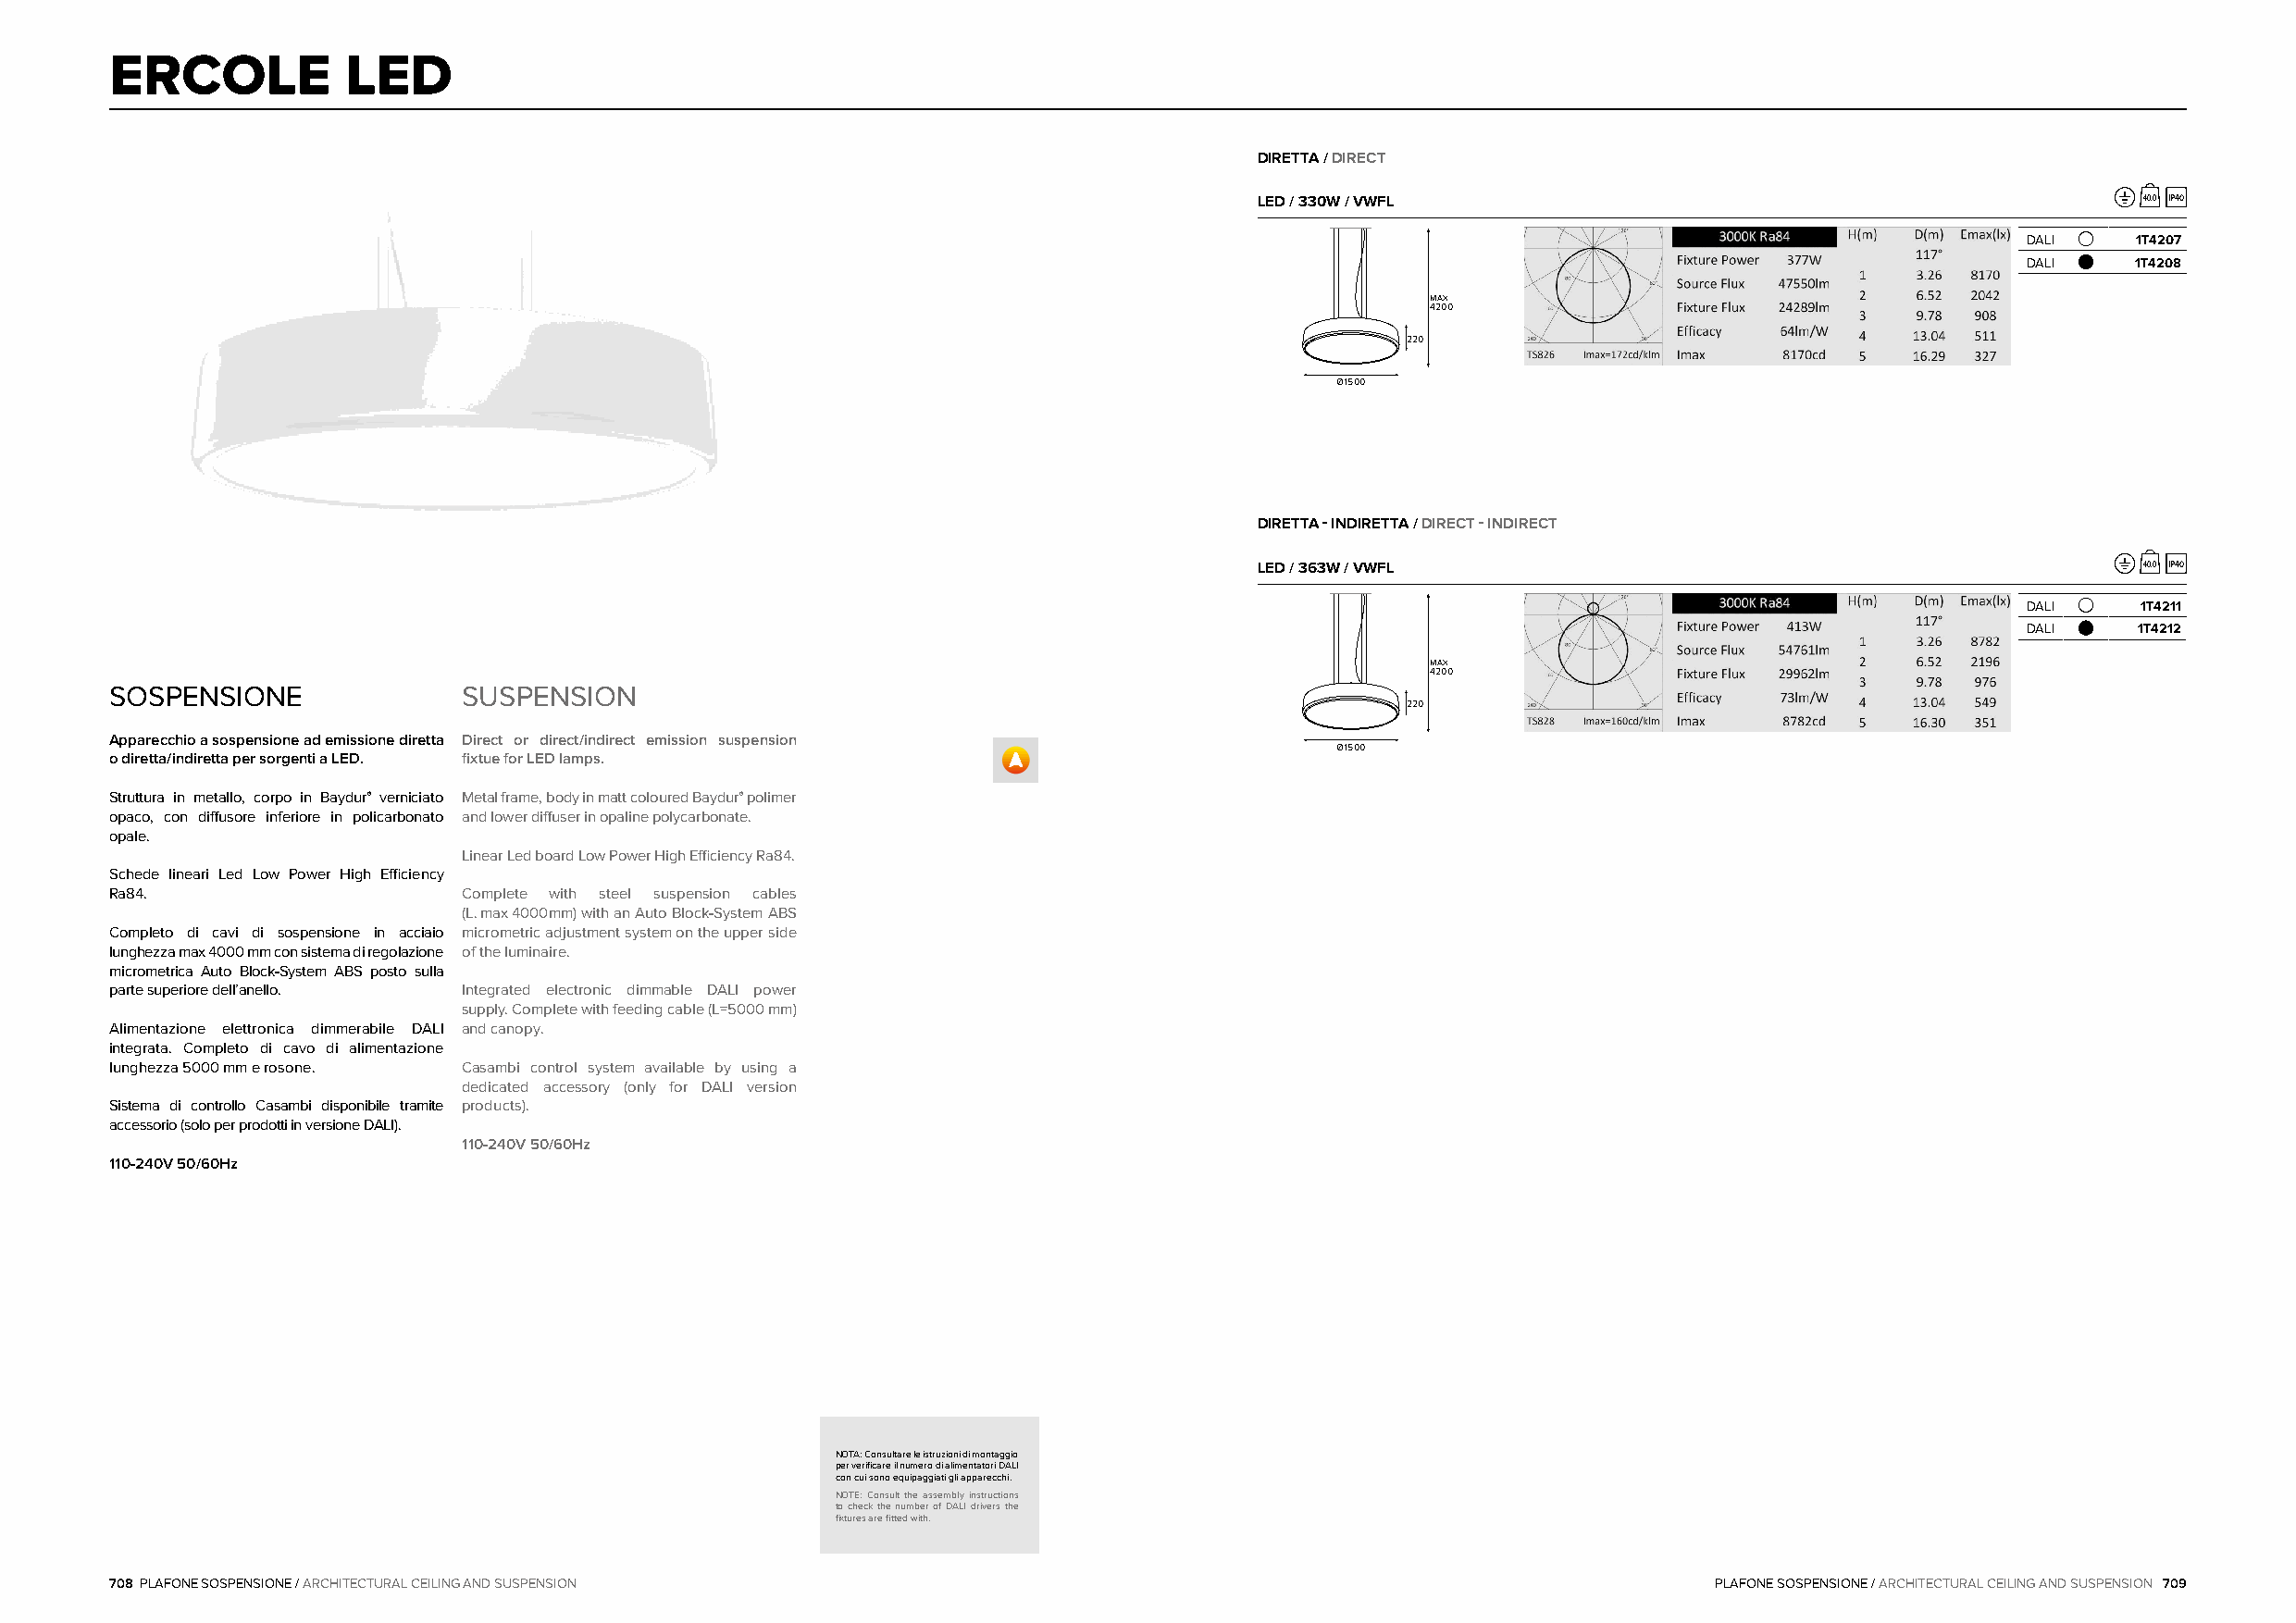
ERCOLE           LED
 DIRETTA / DIRECT
 LED / 330W / VWFL                                              40,0 IP40
 DALI    1T4207
 DALI    1T4208
 max
 4200
 220
 Ø 1500
 DIRETTA - INDIRETTA / DIRECT - INDIRECT
 LED / 363W / VWFL                                              40,0 IP40
 DALI    1T4211
 DALI    1T4212
 max
 4200
 SOSPENSIONE              SUSPENSION
 220
 Apparecchio a sospensione ad emissione diretta Direct or direct/indirect emission suspension
 Ø 1500
 o diretta/indiretta per sorgenti a LED. fixtue for LED lamps.
 Struttura in metallo, corpo in Baydur® verniciato Metal frame, body in matt coloured Baydur® polimer
 opaco, con diffusore inferiore in policarbonato and lower diffuser in opaline polycarbonate.
 opale.
 Linear Led board Low Power High Efficiency Ra84.
 Schede lineari Led Low Power High Efficiency
 Ra84.                    Complete with steel suspension cables
 (L.max4000mm) with an Auto Block-System ABS
 Completo di cavi di sospensione in acciaio micrometric adjustment system on the upper side
 lunghezza max 4000mm con sistema di regolazione of the luminaire.
 micrometrica Auto Block-System ABS posto sulla
 parte superiore dell’anello. Integrated electronic dimmable DALI power
 supply. Complete with feeding cable (L=5000mm)
 Alimentazione elettronica dimmerabile DALI and canopy.
 integrata. Completo di cavo di alimentazione
 lunghezza 5000mm e rosone. Casambi control system available by using a
 dedicated accessory (only for DALI version
 Sistema di controllo Casambi disponibile tramite products).
 accessorio (solo per prodotti in versione DALI).
 110-240V 50/60Hz
 110-240V 50/60Hz
 NOTA: Consultare le istruzioni di montaggio
 per verificare il numero di alimentatori DALI
 con cui sono equipaggiati gli apparecchi.
 NOTE: Consult the assembly instructions
 to check the number of DALI drivers the
 fixtures are fitted with.
 708 PLAFONE SOSPENSIONE / ARCHITECTURAL CEILING AND SUSPENSION                                                     PLAFONE SOSPENSIONE / ARCHITECTURAL CEILING AND SUSPENSION 709